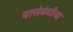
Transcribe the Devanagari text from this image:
यासंबंधीचा